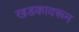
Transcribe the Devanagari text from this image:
खडकावरून